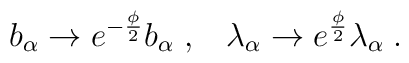
b_\alpha \to e^{- \frac{\phi}{2}} b_\alpha \; , \; \; \; \lambda_\alpha \to e^{\frac{\phi}{2}} \lambda_\alpha \; .